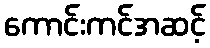
ကောင်းကင်အဆင့်